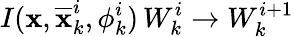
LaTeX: I(\textbf{x},\overline{{\textbf{x}}}_{k}^{i},\phi_{k}^{i})\, W_{k}^{i}\rightarrow W_{k}^{i+1}